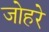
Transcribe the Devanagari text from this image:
जोहरे